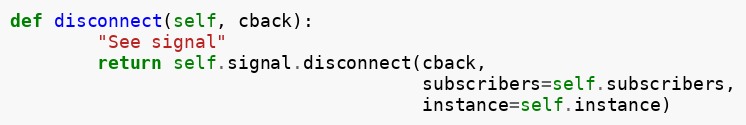
Language: Python
def disconnect(self, cback):
        "See signal"
        return self.signal.disconnect(cback,
                                      subscribers=self.subscribers,
                                      instance=self.instance)